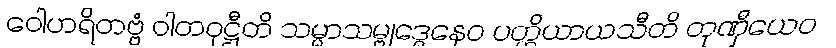
ဝေါဟရိတဗ္ဗံ ဝါတဝုဋ္ဌီတိ သမ္မာသမ္ဗုဒ္ဓေနေဝ ပတ္တိယာယသီတိ တုဏှီယေဝ